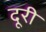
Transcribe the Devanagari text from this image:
दूरी